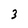
Character: 3